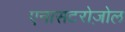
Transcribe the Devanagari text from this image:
एनासटरोज़ोल